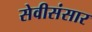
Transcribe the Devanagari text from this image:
सेवीसंसार